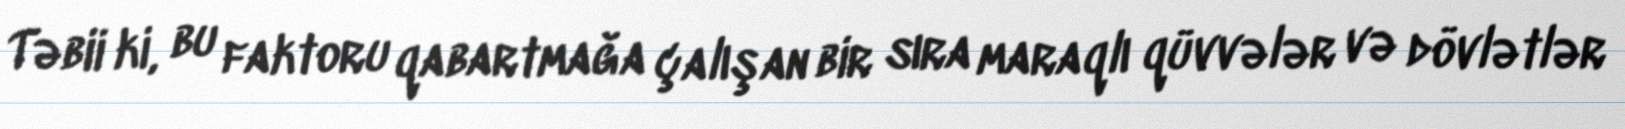
Təbii ki, bu faktoru qabartmağa çalışan bir sıra maraqlı qüvvələr və dövlətlər